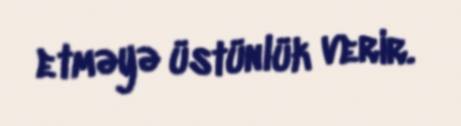
etməyə üstünlük verir.